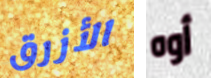
الأزرق أوه